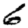
Digit: 6